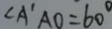
\angle A ^ { \prime } A O = 6 0 ^ { \circ }